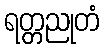
ရတ္တညုတံ